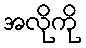
အလိုကို